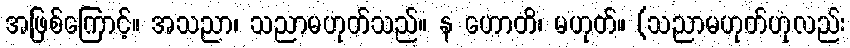
အဖြစ်ကြောင့်။ အသညာ၊ သညာမဟုတ်သည်။ န ဟောတိ၊ မဟုတ်။ (သညာမဟုတ်ဟုလည်း